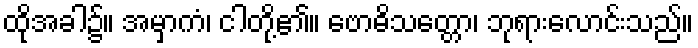
ထိုအခါ၌။ အမှာကံ၊ ငါတို့၏။ ဗောဓိသတ္တော၊ ဘုရားလောင်းသည်။